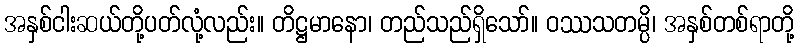
အနှစ်ငါးဆယ်တို့ပတ်လုံ့လည်း။ တိဋ္ဌမာနော၊ တည်သည်ရှိသော်။ ဝဿသတမ္ပိ၊ အနှစ်တစ်ရာတို့